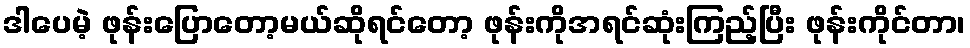
ဒါပေမဲ့ ဖုန်းပြောတော့မယ်ဆိုရင်တော့ ဖုန်းကိုအရင်ဆုံးကြည့်ပြီး ဖုန်းကိုင်တာ၊